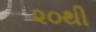
૨૦થી